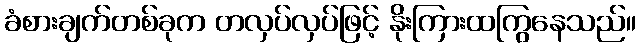
ခံစားချက်တစ်ခုက တလှပ်လှပ်ဖြင့် နိုးကြားထကြွနေသည်။